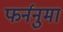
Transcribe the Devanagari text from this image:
फर्ननुमा